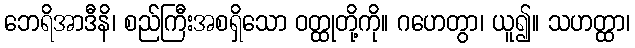
ဘေရိအာဒီနိ၊ စည်ကြီးအစရှိသော ဝတ္ထုတို့ကို။ ဂဟေတွာ၊ ယူ၍။ သဟတ္ထာ၊